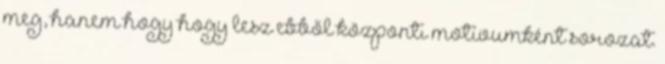
meg, hanem hogy hogy lesz ebből központi motívumként sorozat.